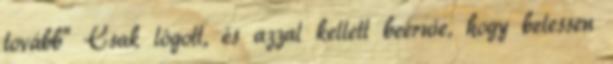
tovább" Csak lógott, és azzal kellett beérnie, hogy belessen